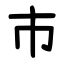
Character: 市